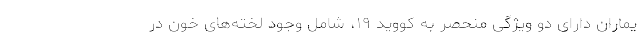
یماران دارای دو ویژگی منحصر به کووید ۱۹، شامل وجود لخته‌های خون در